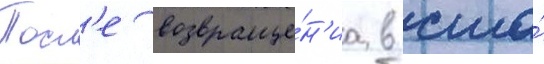
Посл'е возвраще́н'иа в сша́